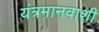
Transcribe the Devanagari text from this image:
यंत्रमानवाशी